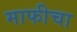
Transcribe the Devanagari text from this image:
माफीचा